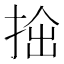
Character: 𢭧